Vaccination United Provinces of Agra and Oudh 1923-1928 - 1923-1928
Year: 1923
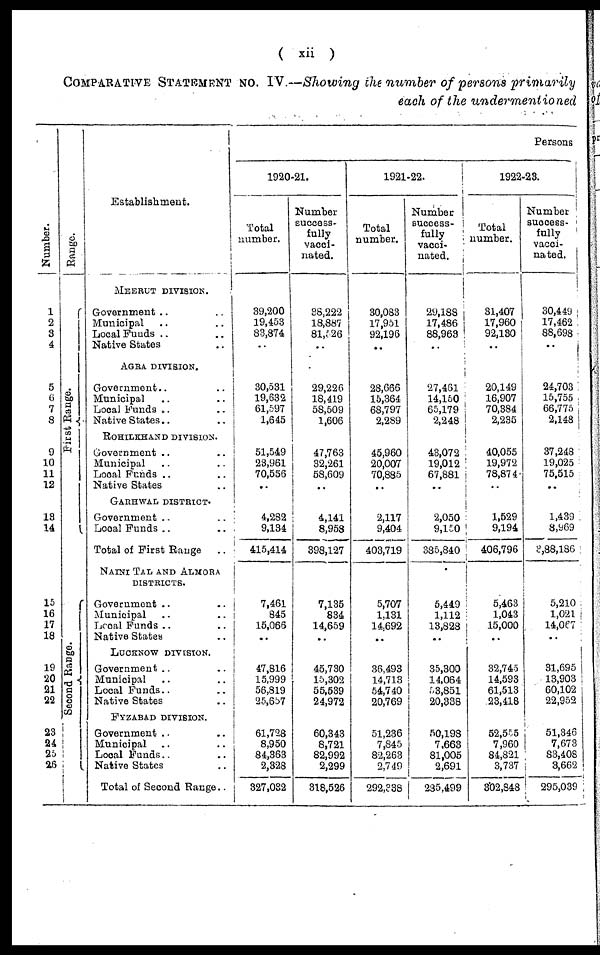
( xii )
COMPARATIVE STATEMENT No. IV.—Showing the number of persons primarily
each of the undermentioned
Number.
1
2
3
4
5
6
7
8
9
10
11
12
18
14
15
16
17
18
19
20
21
22
23
24
25
26
Range.
First Range.
Second Range.
Establishment.
MEERUT DIVISION.
Government .. ..
Municipal .. ..
Local Funds .. ..
Native States ..
AGRA DIVISION.
Government.. ..
Municipal .. ..
Local Funds .. ..
Native States.. ..
ROHILKHAND DIVISION.
Government .. ..
Municipal .. ..
Local Funds .. ..
Native States .. ..
GARHWAL DISTRICT.
Government .. ..
Local Funds .. ..
Total of First Range ..
NAINI TAL AND ALMORA
DISTRICTS.
Government .. ..
Municipal .. ..
Local Funds .. ..
Native States ..
LUCKNOW DIVISION.
Government .. ..
Municipal .. ..
Local Funds .. ..
Native States .. ..
FYZABAD DIVISION.
Government .. ..
Municipal .. ..
Local Funds .. ..
Native States ..
Total of Second Range..
Persons
1920-21.
Total
number.
39,200
19,453
83,874
..
30,531
19,632
61,597
1,645
51,549
23,961
70,556
..
4,282
9,134
415,414
7,461
845
15,066
..
47,816
15,999
56,819
25,657
61,728
8,950
84,363
2,328
327,032
Number
success-
fully
vacci¬
nated.
38,222
18,887
81,526
..
29,226
18,419
58,509
1,606
47,763
32,261
58,609
..
4,141
8,958
398,127
7,135
834
14,659
..
45,730
15,302
55,539
24,972
60,343
8,721
82,992
2,299
318,526
1921-22.
Total
number.
30,083
17,951
92,196
..
28,666
15,364
68,797
2,289
45,960
20,007
70,885
..
2,117
9,404
403,719
5,707
1,131
14,692
..
36,493
14,713
54,740
20,769
51,236
7,845
82,263
2,749
292,338
Number
success¬
fully
vacci-
nated.
29,188
17,486
88,963
..
27,461
14,150
65,179
2,248
43,072
19,012
67,881
..
2,050
9,150
385,840
5,449
1,112
13,828
..
35,300
14,064
53,851
20,338
50,198
7,663
81,005
2,691
285,499
1922-23.
Total
number.
31,407
17,960
92,130
..
20,149
16,907
70,384
2,235
40,055
19,972
78,874
..
1,529
9,194
406,796
5,463
1,043
15,000
..
32,745
14,593
61,513
23,418
52,555
7,960
84,821
3,737
302,848
Number
success¬
fully
vacci-
nated.
30,449
17,462
88,698
..
24,703
15,755
66,775
2,148
37,248
19,025
75,515
..
1,439
8,969
3,88,186
5,210
1,021
14,067
..
31,695
13,903
60,102
22,952
51,346
7,673
83,408
3,662
295,039